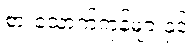
စားသောက်ကုန်များနှင့်